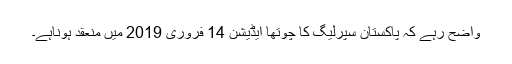
واضح رہے کہ پاکستان سپرلیگ کا چوتھا ایڈیشن 14 فروری 2019 میں منعقد ہوناہے۔